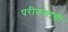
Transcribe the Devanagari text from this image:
परीकथांची